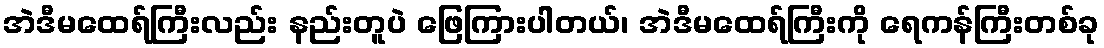
အဲဒီမထေရ်ကြီးလည်း နည်းတူပဲ ဖြေကြားပါတယ်၊ အဲဒီမထေရ်ကြီးကို ရေကန်ကြီးတစ်ခု